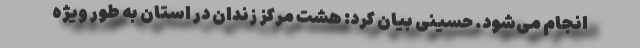
انجام می‌شود. حسینی بیان کرد: هشت مرکز زندان در استان به طور ویژه